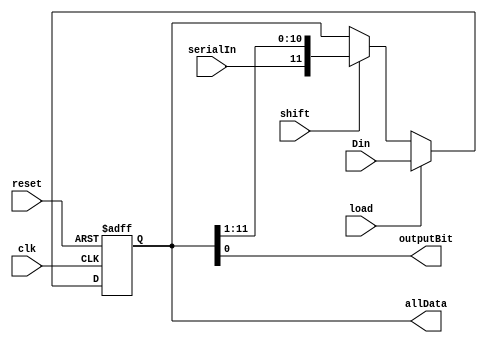
`timescale 1ns / 1ps

/**
 * This is a parallel-in, serial-out Shift Register circuit
 * with a synchronous clock and an asynchronous reset. It also includes
 * a serial input.
 */
 
module ShiftRegister
#(
    parameter WIDTH = 12            // # of data bits
)
(
    input clk,                      // System clock
    input [WIDTH-1:0] Din,          // Input data
    input serialIn,                 // Serial input data
    input shift,                    // Whether to shift data (read in MSB, evict LSB)
    input load,                     // Whether to load input data into the register
    input reset,                    // Whether to reset all bits to 1s
    output outputBit,               // Output bit
    output reg[WIDTH-1:0] allData   // All the data currently in the shift register
);

// Sequential logic defined in the always
always @(posedge clk or posedge reset)
begin
    if (reset)
        // Asynchronous Reset
        allData <= {WIDTH{1'b1}};
    else if (load) 
        // Load parallel data
        allData <= Din;
    else if (shift)
        // Load MSB serially, evict the LSB
        allData <= {serialIn, allData[WIDTH-1:1]};
end

// Output bit = LSB
assign outputBit = allData[0]; 

endmodule